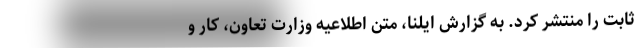
ثابت را منتشر کرد. به گزارش ایلنا، متن اطلاعیه وزارت تعاون، کار و